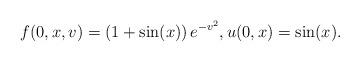
LaTeX: \begin{align*}f(0,x,v) = \left( 1 + \sin(x) \right)e^{ - v^2}, u(0,x) = \sin(x).\end{align*}